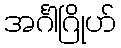
အင်္ဂါဂြိုဟ်